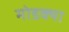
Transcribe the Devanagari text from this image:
मोडक्या